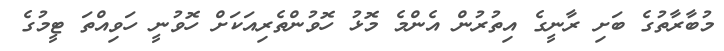
މުބާރާތުގެ ބަށި ރާނީގެ އިތުރުން އެންމެ މޮޅު ހޮވުންތެރިއަކަށް ހޮވުނީ ހަވިއްތަ ޓީމުގެ